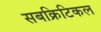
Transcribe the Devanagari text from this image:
सबक्रिटिकल